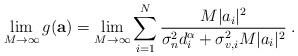
LaTeX: \begin{align*}\lim_{M\to\infty} g(\mathbf{a})=\lim_{M\to\infty}\sum_{i=1}^N\frac{M|a_i|^2}{\sigma_n^2d_i^{\alpha}+\sigma_{v,i}^2M|a_i|^2}\; .\end{align*}